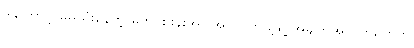
ဒါကြောင့် မိမိသုံးနေတဲ့ မိုဘိုင်းဖုန်းအပါအဝင် ကိုယ့်ရဲ့ အချက်အလက်တွေကို